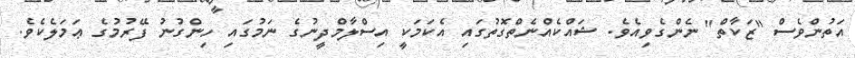
އަތުންވެސް "ޒަކާތް" ނެންގެވިއެވެ. ޝައްކެއްނެތްގޮތުގައި އެކަމަކީ އިސްލާމްދީނުގެ ނަމުގައި ހިންގުނު ފޭރުމުގެ ޢަމަލެކެވެ.